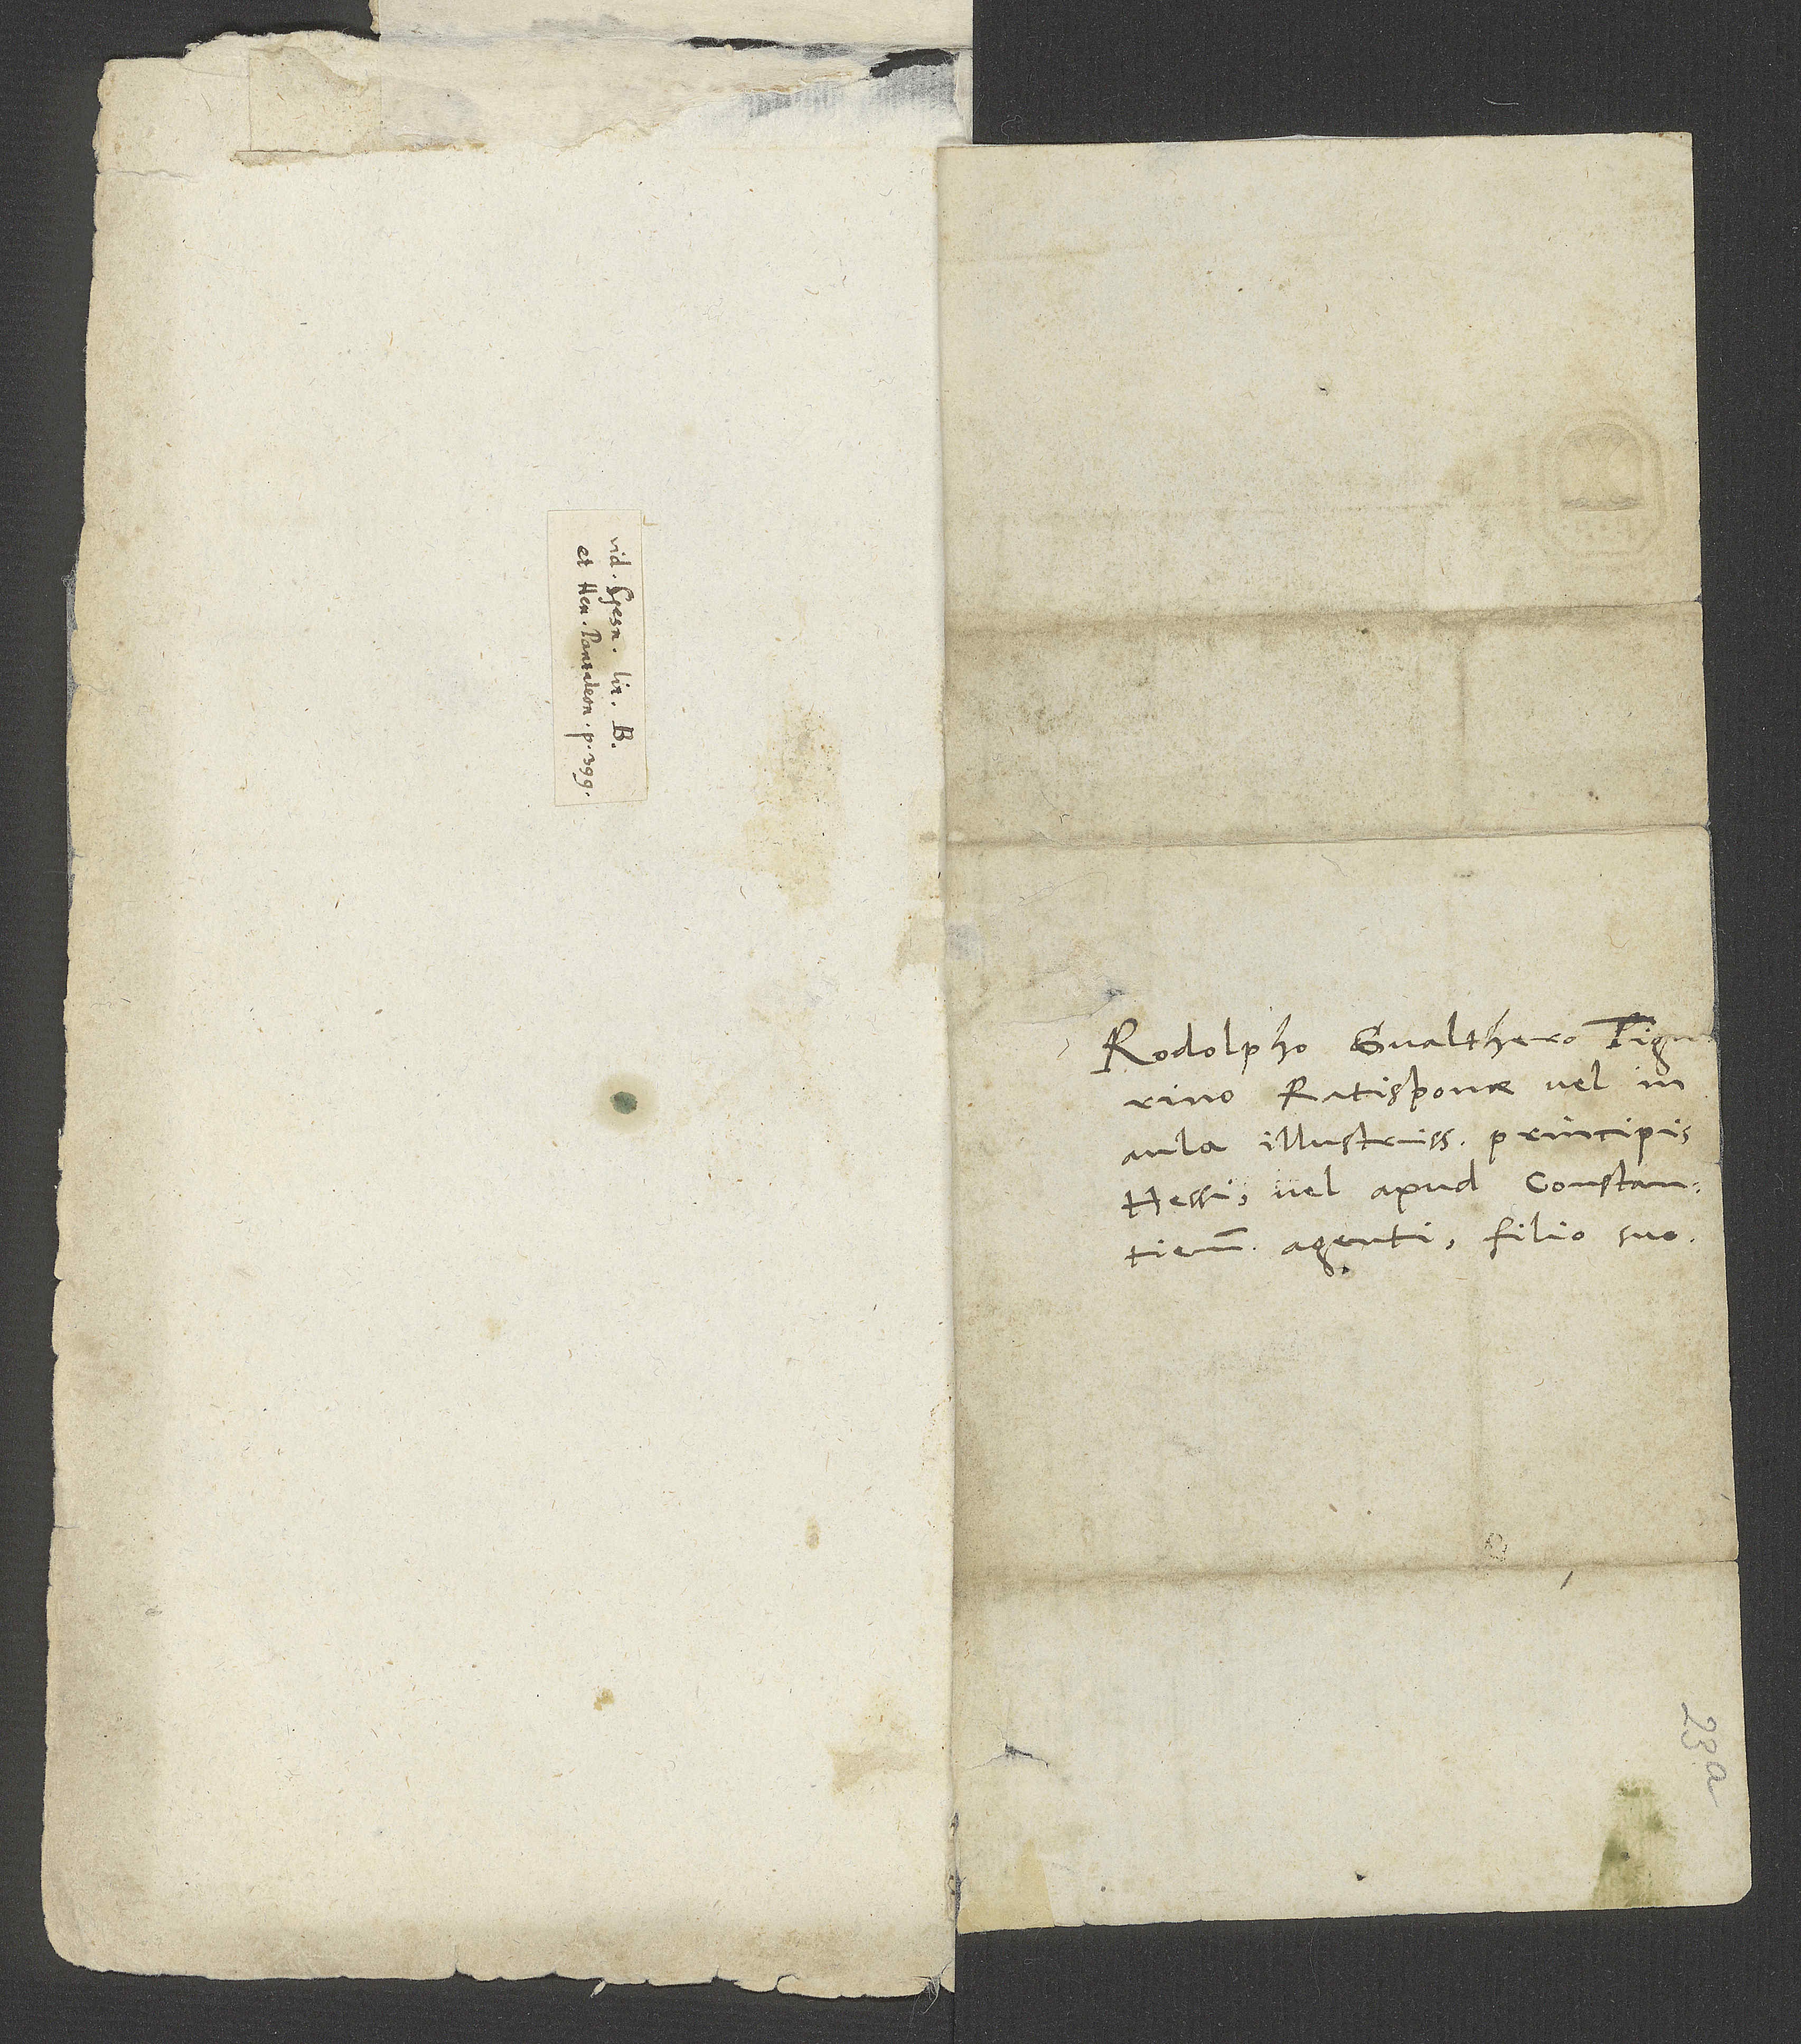
15.

Rodolpho Gvalthero Tigurino,
Ratisponae vel in
aula illustrissimi principis
Hessi vel apud Constantienses
agenti, filio suo.